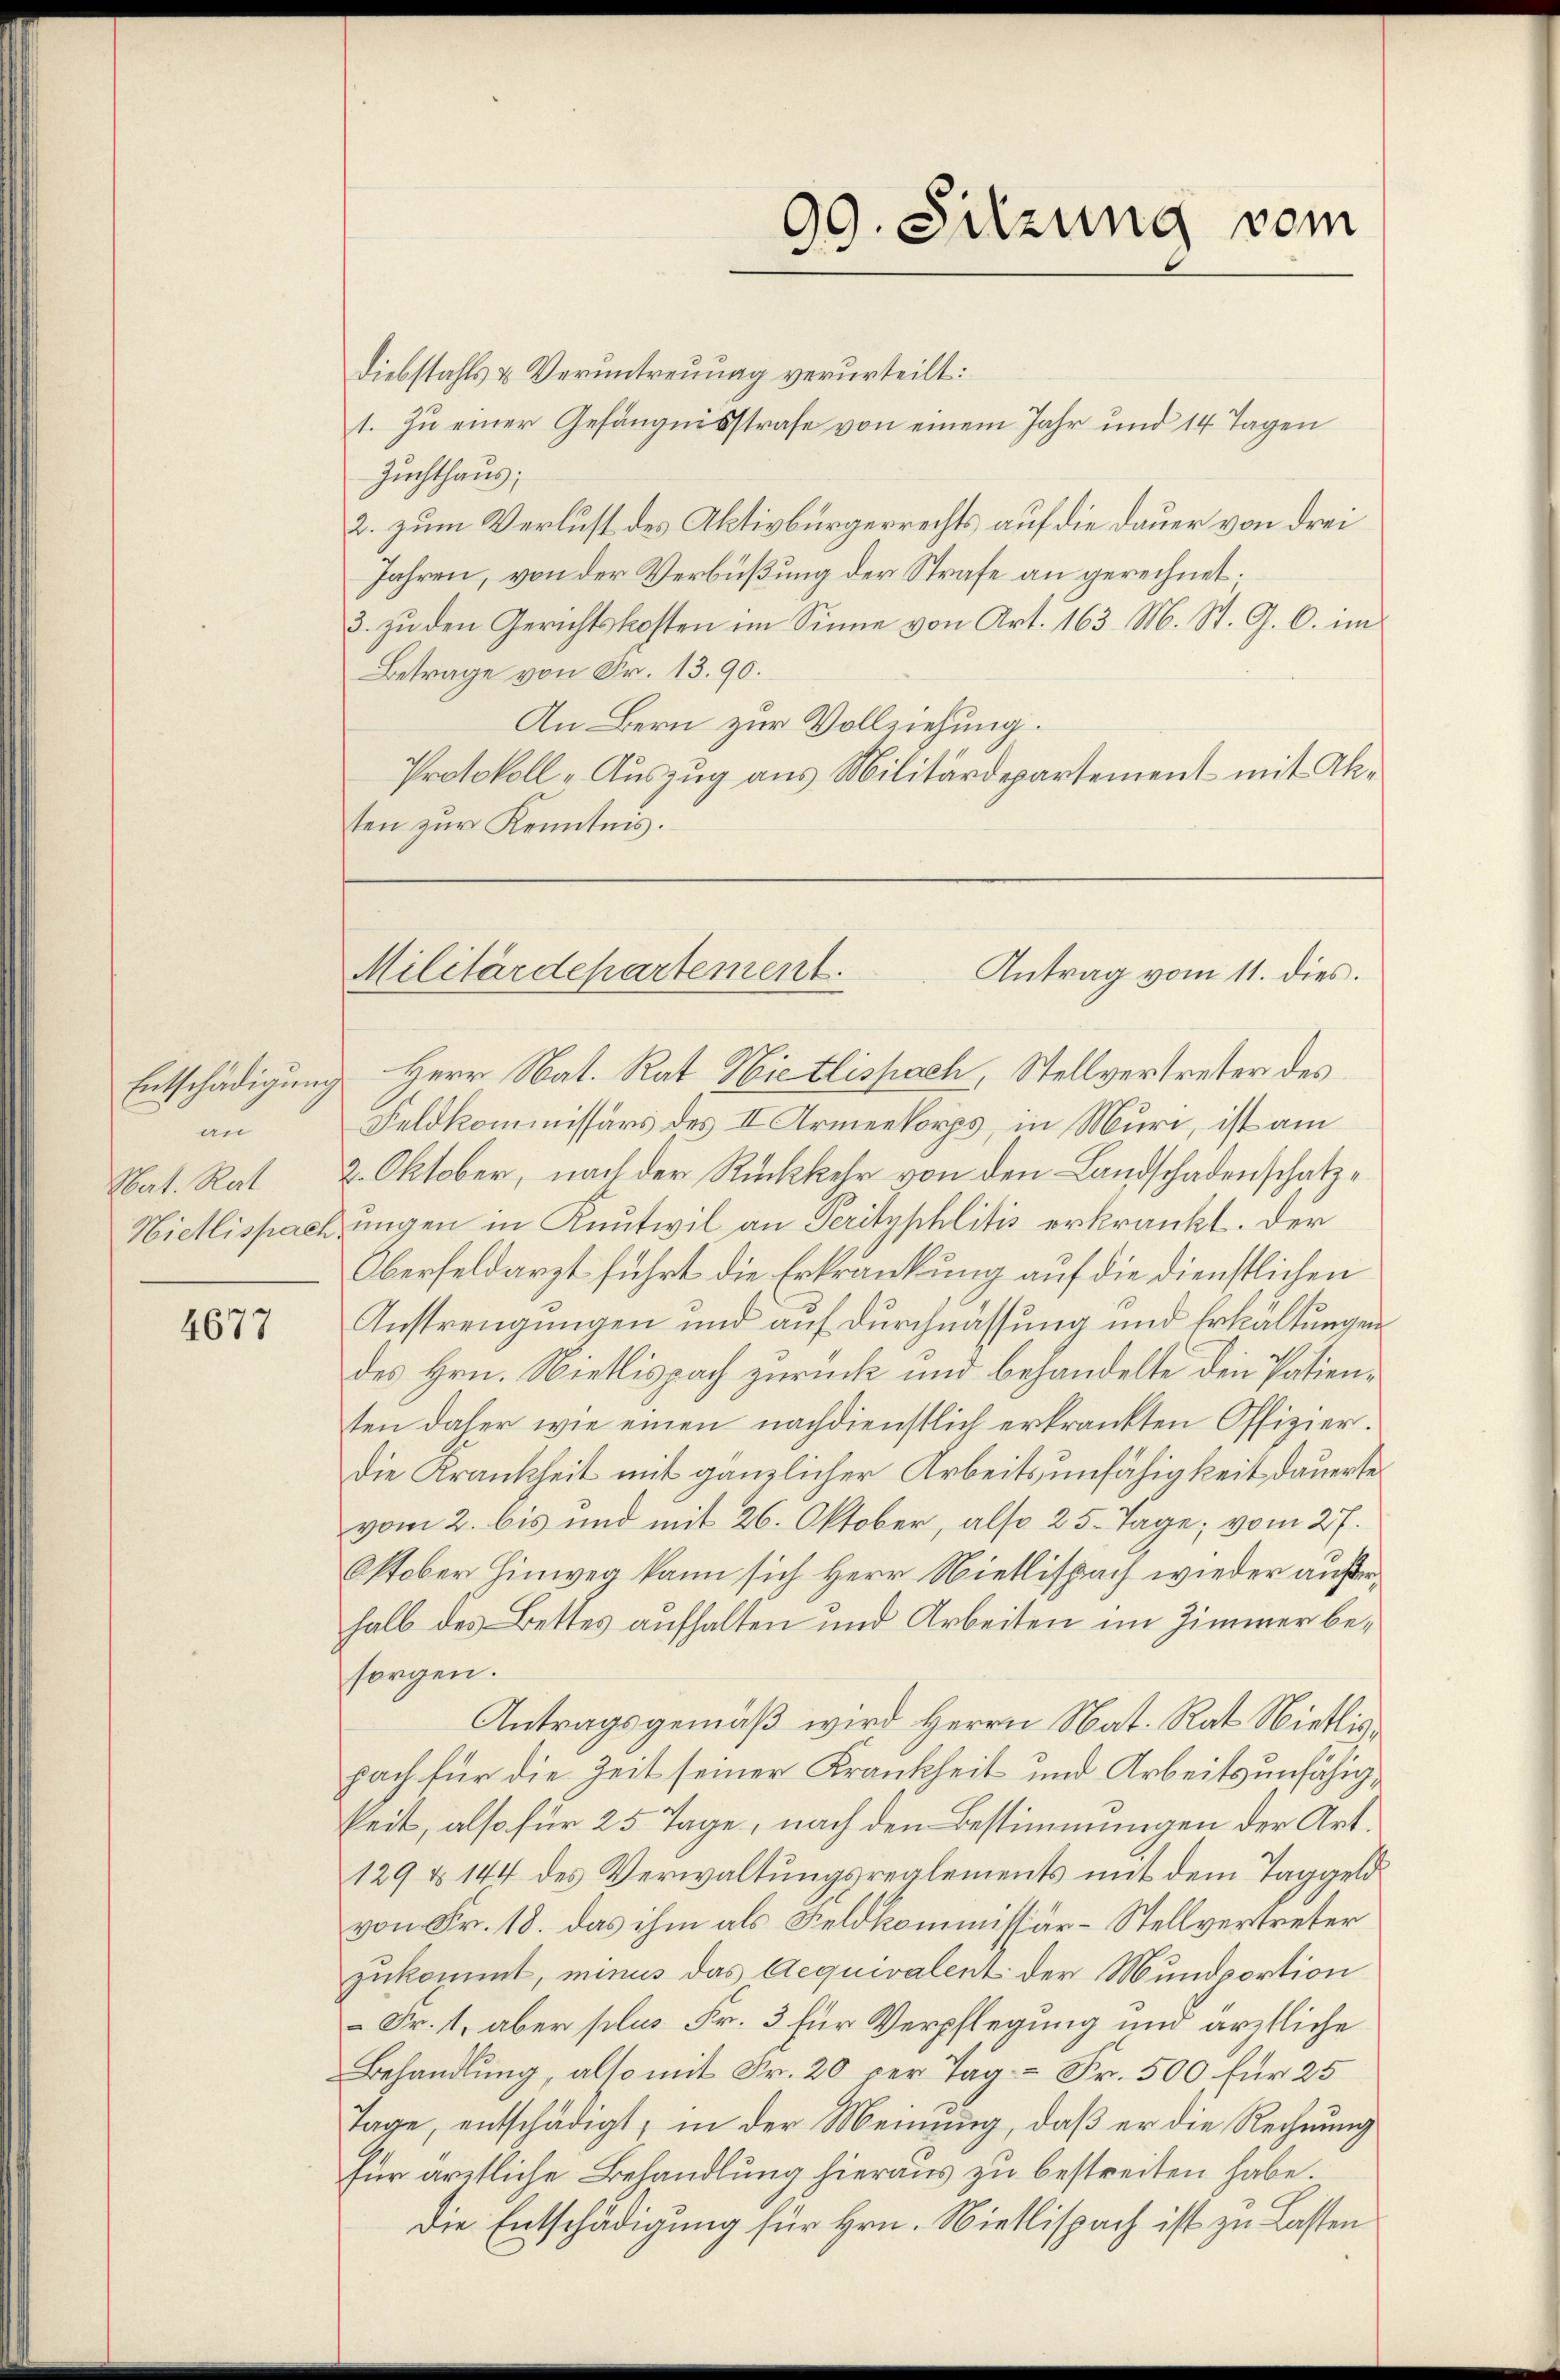
an
Nat. Rat

4677

Entschädigung Herr Nat. Rat Hietlispach, Stellvertreter des
Feldkommissärs des II Armeekorps, in Muri, ist am
2. Oktober, nach der Rückkehr von den Landschadenschatz¬
Nietlispach ungen in Knutwil an Perityphlitis erkränkt. Der
Oberfeldarzt führt die Erkrankung auf die dienstlichen
Anstrengungen und auf Durchmassung und Erkältungen
des Hrn. Nietlispach zurück und behandelte den Patienten daher wie einen nachdienstlich erkränkten Offizier-
die Krankheit mit gänzlicher Arbeitsunfähigkeit dauerte
vom 2. bis und mit 26. Oktober, also 25. Tage; vom 27.
Oktober Hinweg kann sich Herr Nietlispach wieder außerhalb des Bettes aufhalten und Arbeiten im Zimmer besorgen.
Antragsgemäß wird Herrn Nat. Rat Nietlispach für die Zeit seiner Krankheit und Arbeitsunfähigkeit, also für 25 Tage, nach den Bestimmungen der Art.
129 § 144 des Verwaltungsreglements mit dem Taggeldvon Fr. 18. das ihm als Feldkommissär-Stellvertreter
zukommt, minus das Aequivalent der Mundportion
 Fr. 1, aber plus Fr. 3 für Verpflegung und ärztliche
Behandlung, also mit Fr. 20 per Tag – Fr. 500 für 25
Tage, entschädigt, in der Meinung, daß er die Rechnung
Für ärztliche Behandlung hieraus zu bestreiten habe.
Die Entschädigung für Hrn. Nietlispach ist zu Lasten

Diebstahls & Veruntreuung verurteilt:
1. Zu einer Gefängnisstrafe von einem Jahr und 14 Tagen
Zuchthaus;
2. zum Verlust des Aktivbürgerrechts auf die Dauer von drei
Jahren, von der Verbüßung der Strafe an gerechnet;
3. zu den Gerichtskosten im Sinne von Art. 163. M. St. G. C. im
Betrage von Fr. 13. 90.
An Bern zur Vollziehung.
Protokoll-Auszug aus Militärdepartement mit Akten zur Kenntnis.

99. Sitzung vom

Militärdepartement.
Antrag vom 11. dies.